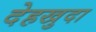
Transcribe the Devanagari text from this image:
देहखुदा